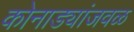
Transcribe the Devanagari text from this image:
कोनाड्यांजवळ